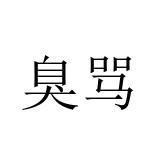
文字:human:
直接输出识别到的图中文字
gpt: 臭骂